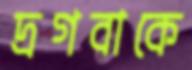
দ্রগবাকে